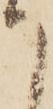
て